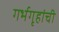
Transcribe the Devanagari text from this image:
गर्भगृहांची